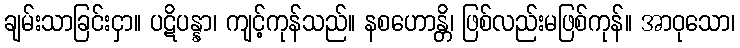
ချမ်းသာခြင်းငှာ။ ပဋိပန္နာ၊ ကျင့်ကုန်သည်။ နစဟောန္တိ၊ ဖြစ်လည်းမဖြစ်ကုန်။ အာဝုသော၊